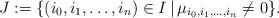
LaTeX: \begin{align*}J := \{ ( i_0, i_1, \dots, i_n ) \in I \, | \, \mu_{i_0, i_1, \dots, i_n} \neq 0 \}.\end{align*}